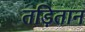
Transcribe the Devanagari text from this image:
तड़ितान